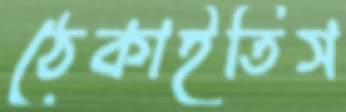
ঠেকাইতিস